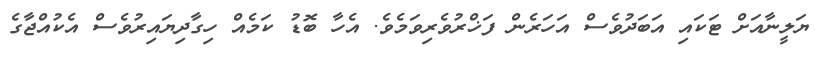
ޔަލީނާއަށް ޓަކައި އަބަދުވެސް އަހަރެން ފަޚްރުވެރިވަމެވެ. އެހާ ބޮޑު ކަމެއް ހިގާދިޔައިރުވެސް އެކުއްޖާގެ